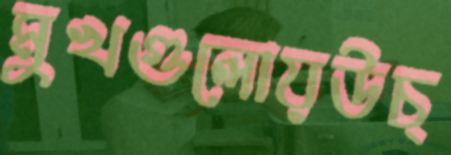
মুখগুলোয়উচ্